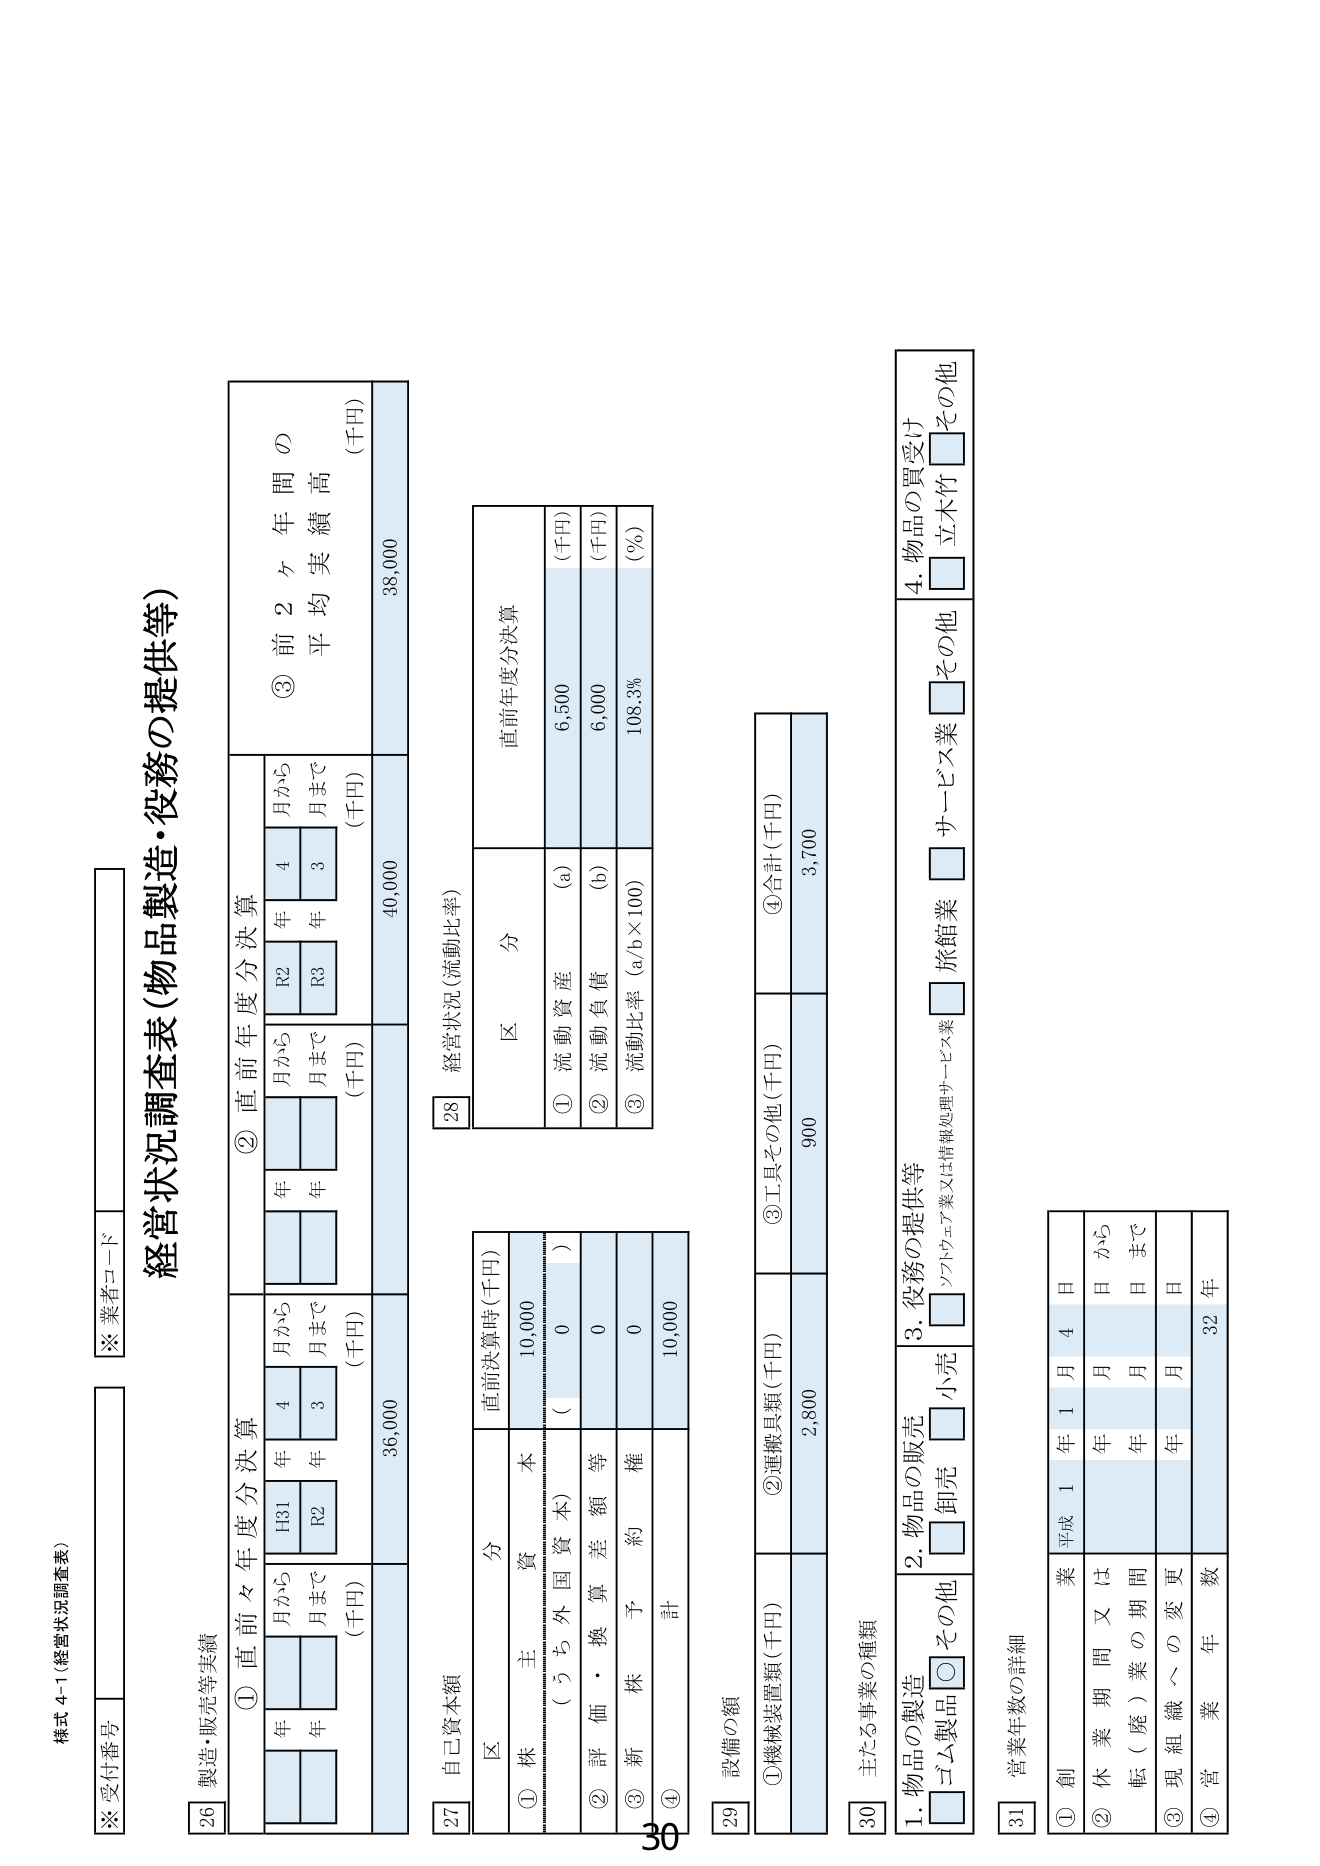
※受付番号
※業者コード
様式4-1（経営状況調査表）
経営状況調査表（物品製造・役務の提供等）

26 製造・販売等実績
① 直前々年度分決算
年 月から 年 4 月から
H31 年 月まで R2 年 3 月まで
（千円） 36,000
② 直前年度分決算
年 月から 年 4 月から
R2 年 月まで R3 年 3 月まで
（千円） 40,000
③ 前2ヶ年間の平均実績高
（千円） 38,000

27 自己資本額
直前決算時（千円）
区分
① 株主資本
10,000
（うち外国資本） 0
② 評価・換算差額等 0
③ 新株予約権 0
④ 計 10,000

28 経営状況（流動比率）
区分
直前年度分決算
① 流動資産 （a） 6,500 （千円）
② 流動負債 （b） 6,000 （千円）
③ 流動比率（a/b×100） 108.3% （%）

29 設備の額
① 機械装置類（千円） 2,800
② 選擇具類（千円） 900
③ 工具その他（千円）
④ 合計（千円） 3,700

30 主たる事業の種類
1. 物品の製造
□ ゴム製品 □ その他
2. 物品の販売
□ 卸売 □ 小売
3. 役務の提供等
□ リフォトウェア業又は情報処理サービス業 □ 旅館業 □ サービス業 □ その他
4. 物品の買受け
□ 立木竹 □ その他

31 営業年数の詳細
① 創業 平成 1 年 1 月 4 日
② 休業期間又は転（廃）業の期間 年 月 日から 年 月 日まで
③ 現組織への変更 年 月 日
④ 営業年数 32 年

30